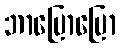
ဘာပြောပြော